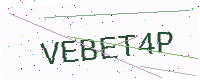
Text: VEBET4P